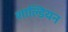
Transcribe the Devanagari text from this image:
शाल्डियन